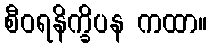
စီဝရနိက္ခိပန ကထာ။